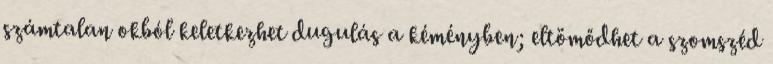
számtalan okból keletkezhet dugulás a kéményben; eltömődhet a szomszéd